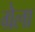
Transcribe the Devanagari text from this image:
ग्रेला